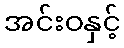
အင်းဝနှင့်